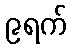
၉ရက်